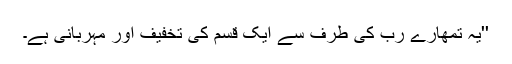
''یہ تمھارے رب کی طرف سے ایک قسم کی تخفیف اور مہربانی ہے۔